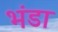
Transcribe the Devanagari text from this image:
भंडा